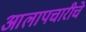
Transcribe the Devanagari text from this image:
आलापचारीचे